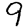
Digit: 9